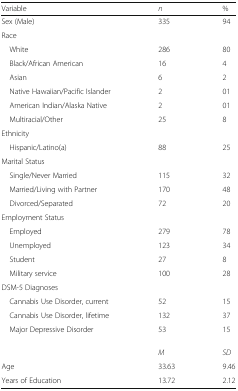
<table><thead><tr><td><b>Variable</b></td><td><b><i>n</i></b></td><td><b>%</b></td></tr></thead><tbody><tr><td>Sex (Male)</td><td>335</td><td>94</td></tr><tr><td>Race</td><td></td><td></td></tr><tr><td> White</td><td>286</td><td>80</td></tr><tr><td> Black/African American</td><td>16</td><td>4</td></tr><tr><td> Asian</td><td>6</td><td>2</td></tr><tr><td> Native Hawaiian/Pacific Islander</td><td>2</td><td>01</td></tr><tr><td> American Indian/Alaska Native</td><td>2</td><td>01</td></tr><tr><td> Multiracial/Other</td><td>25</td><td>8</td></tr><tr><td>Ethnicity</td><td></td><td></td></tr><tr><td> Hispanic/Latino(a)</td><td>88</td><td>25</td></tr><tr><td>Marital Status</td><td></td><td></td></tr><tr><td> Single/Never Married</td><td>115</td><td>32</td></tr><tr><td> Married/Living with Partner</td><td>170</td><td>48</td></tr><tr><td> Divorced/Separated</td><td>72</td><td>20</td></tr><tr><td>Employment Status</td><td></td><td></td></tr><tr><td> Employed</td><td>279</td><td>78</td></tr><tr><td> Unemployed</td><td>123</td><td>34</td></tr><tr><td> Student</td><td>27</td><td>8</td></tr><tr><td> Military service</td><td>100</td><td>28</td></tr><tr><td>DSM-5 Diagnoses</td><td></td><td></td></tr><tr><td> Cannabis Use Disorder, current</td><td>52</td><td>15</td></tr><tr><td> Cannabis Use Disorder, lifetime</td><td>132</td><td>37</td></tr><tr><td> Major Depressive Disorder</td><td>53</td><td>15</td></tr><tr><td></td><td><i>M</i></td><td><i>SD</i></td></tr><tr><td>Age</td><td>33.63</td><td>9.46</td></tr><tr><td>Years of Education</td><td>13.72</td><td>2.12</td></tr></tbody></table>